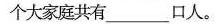
个大家庭共有___口人。